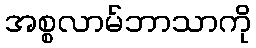
အစ္စလာမ်ဘာသာကို